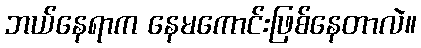
ဘယ်နေရာက နေမကောင်းဖြစ်နေတာလဲ။